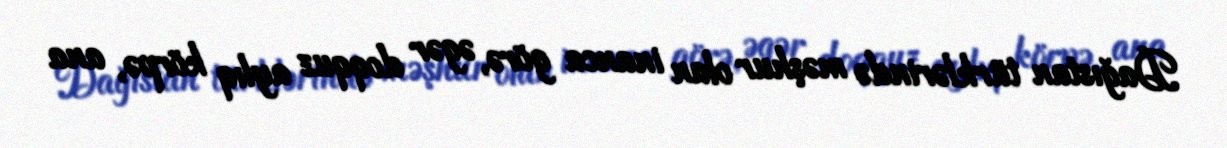
Dağıstan türklərində məşhur olan inanca görə, əgər doqquz aylıq körpə, ana